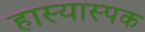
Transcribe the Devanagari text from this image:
हास्यास्पक